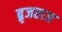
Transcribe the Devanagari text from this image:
ब्रृजराज